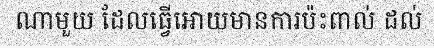
ណាមួយ ដែលធ្វើអោយមានការប៉ះពាល់ ដល់